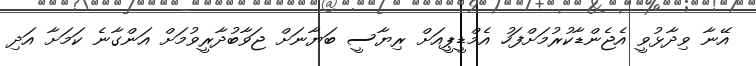
އޭނާ ވިދާޅުވީ އެޖެންޑާކުރުމަށްފަހު އެމްޑީޕީއަށް ރިޔާސީ ބަޔާނަށް ޖަވާބުދާރީވުމަށް އަންގާނެ ކަމަށާ އަދި